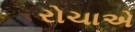
રોચાએ